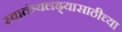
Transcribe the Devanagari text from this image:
स्वातंत्र्यलढ्यासाठीच्या